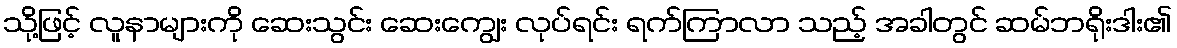
သို့ဖြင့် လူနာများကို ဆေးသွင်း ဆေးကျွေး လုပ်ရင်း ရက်ကြာလာ သည့် အခါတွင် ဆမ်ဘရိုးဒါး၏